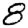
Digit: 8